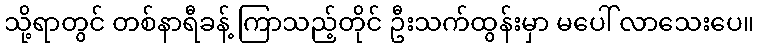
သို့ရာတွင် တစ်နာရီခန့် ကြာသည့်တိုင် ဦးသက်ထွန်းမှာ မပေါ် လာသေးပေ။